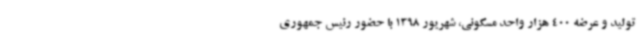
تولید و عرضه 400 هزار واحد مسکونی، شهریور 1398 با حضور رئیس جمهوری